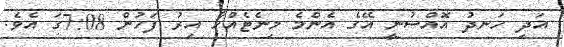
އަދި ހަނދު އޮއްސުނީ އޭގެ އެންމެ މިނެޓެއްހާ އިރު ފަހުން 7:08ގަ އެވެ.